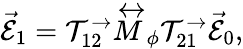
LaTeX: \vec{\mathcal{E}}_{1}=\mathcal{T}_{12}^{\rightarrow}\stackrel{\leftrightarrow}{M}_{\phi}\mathcal{T}_{21}^{\rightarrow}\vec{\mathcal{E}}_{0},